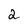
Character: 2